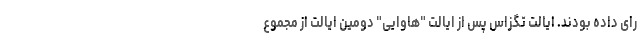
رای داده بودند. ایالت تگزاس پس از ایالت "هاوایی" دومین ایالت از مجموع